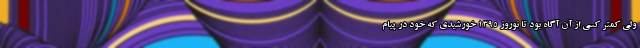
ولی کمتر کسی از آن آگاه بود تا نوروز 1395 خورشیدی که خود در پیام